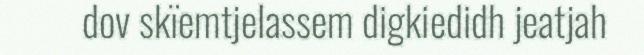
dov skïemtjelassem digkiedidh jeatjah